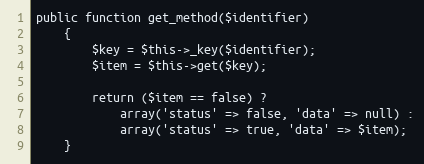
Language: PHP
public function get_method($identifier)
    {
    	$key = $this->_key($identifier);
    	$item = $this->get($key);

    	return ($item == false) ?
    		array('status' => false, 'data' => null) :
    		array('status' => true, 'data' => $item);
    }